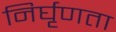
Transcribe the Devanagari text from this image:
निर्घृणता